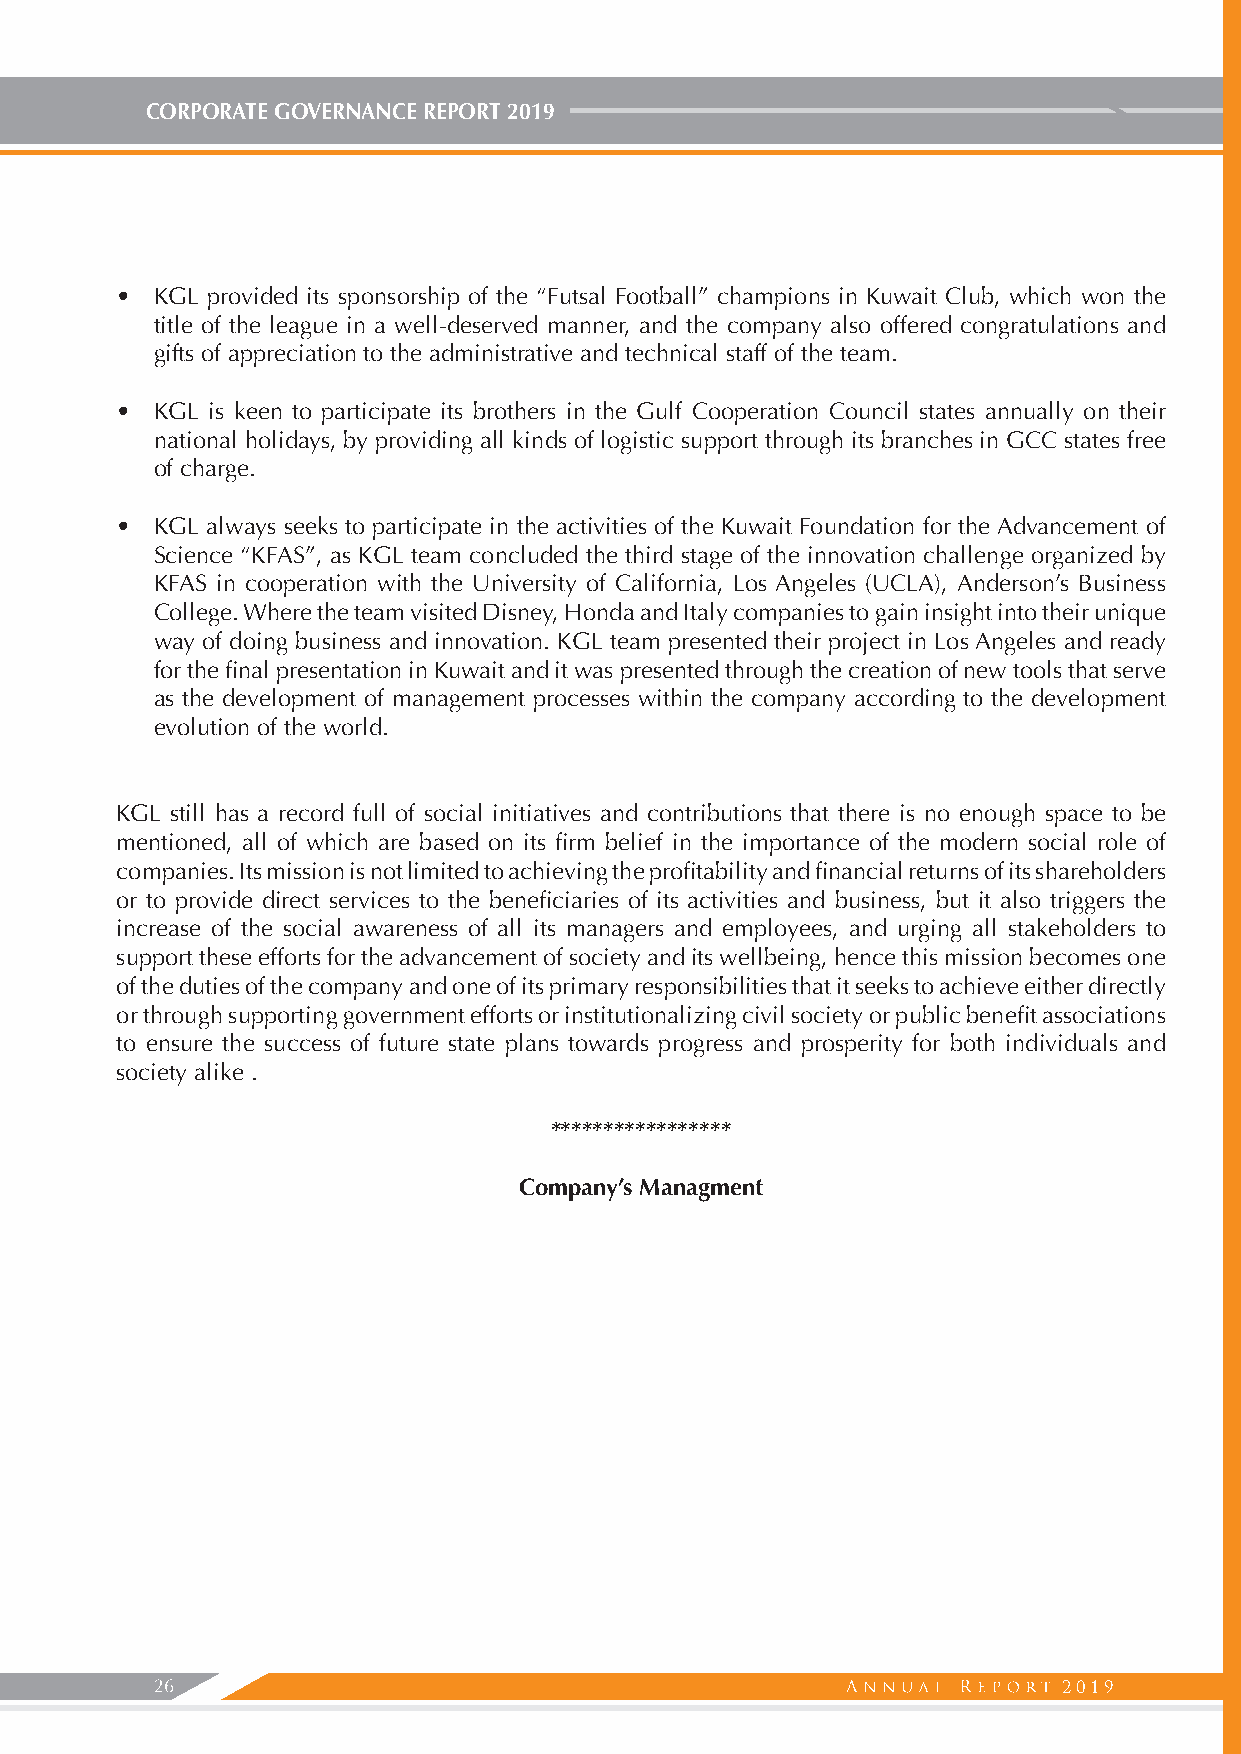
CORPORATE GOVERNANCE REPORT 2019
 • KGL provided its sponsorship of the “Futsal Football” champions in Kuwait Club, which won the
 title of the league in a well-deserved manner, and the company also offered congratulations and
 gifts of appreciation to the administrative and technical staff of the team.
 • KGL is keen to participate its brothers in the Gulf Cooperation Council states annually on their
 national holidays, by providing all kinds of logistic support through its branches in GCC states free
 of charge.
 • KGL always seeks to participate in the activities of the Kuwait Foundation for the Advancement of
 Science “KFAS”, as KGL team concluded the third stage of the innovation challenge organized by
 KFAS in cooperation with the University of California, Los Angeles (UCLA), Anderson’s Business
 College. Where the team visited Disney, Honda and Italy companies to gain insight into their unique
 way of doing business and innovation. KGL team presented their project in Los Angeles and ready
 for the final presentation in Kuwait and it was presented through the creation of new tools that serve
 as the development of management processes within the company according to the development
 evolution of the world.
 KGL still has a record full of social initiatives and contributions that there is no enough space to be
 mentioned, all of which are based on its firm belief in the importance of the modern social role of
 companies. Its mission is not limited to achieving the profitability and financial returns of its shareholders
 or to provide direct services to the beneficiaries of its activities and business, but it also triggers the
 increase of the social awareness of all its managers and employees, and urging all stakeholders to
 support these efforts for the advancement of society and its wellbeing, hence this mission becomes one
 of the duties of the company and one of its primary responsibilities that it seeks to achieve either directly
 or through supporting government efforts or institutionalizing civil society or public benefit associations
 to ensure the success of future state plans towards progress and prosperity for both individuals and
 society alike .
 *****************
 Company’s Managment
 26                                                          2019